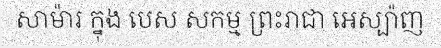
សាម៉ារ ក្នុង បេស សកម្ម ព្រះរាជា អេស្ប៉ាញ